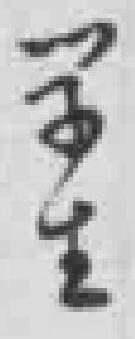
学生